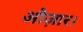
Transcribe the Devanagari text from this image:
औज़ार।